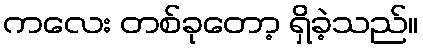
ကလေး တစ်ခုတော့ ရှိခဲ့သည်။